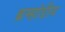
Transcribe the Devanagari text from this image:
ब्रम्हांडीय